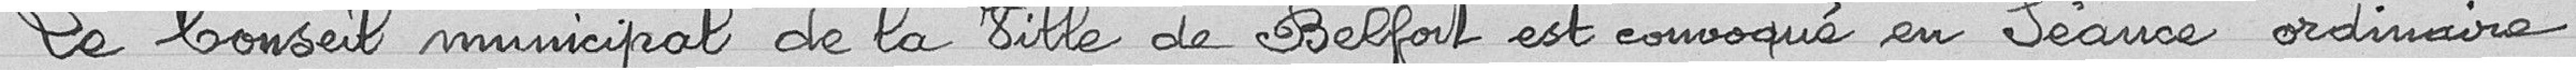
Le Conseil Municipal de la ville de Belfort est convoqué en séance ordinaire